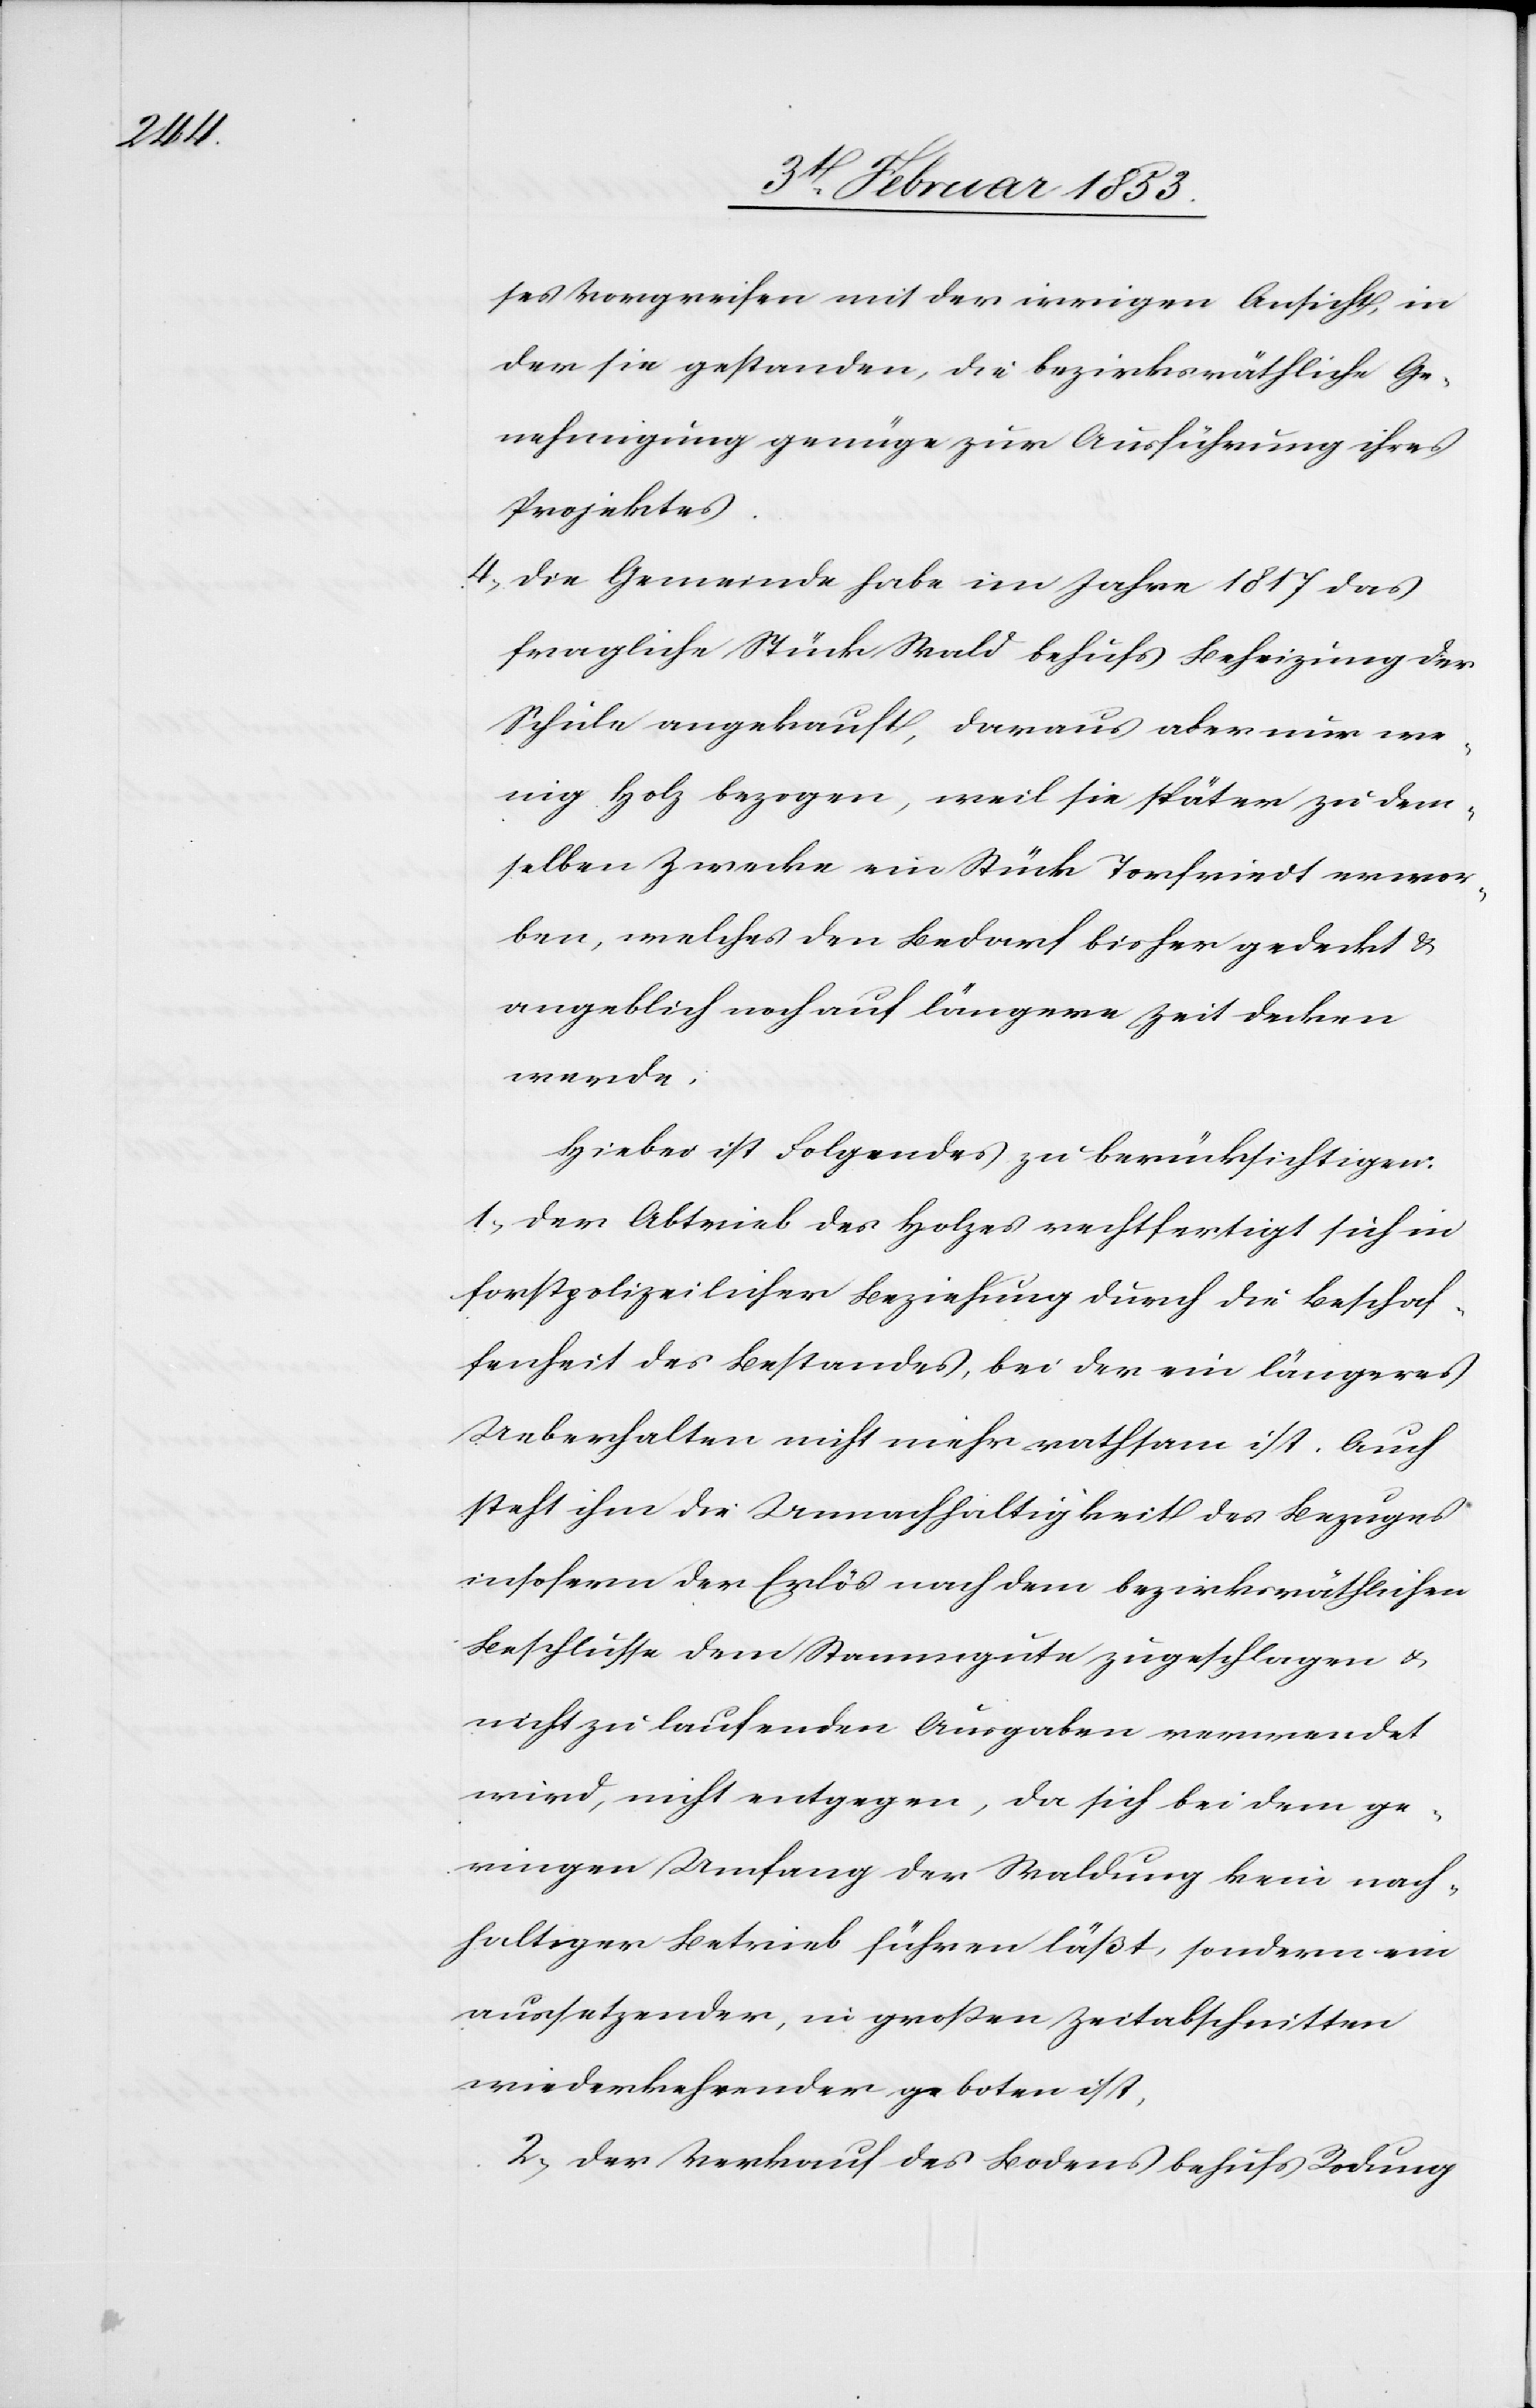
ses Vorgreifen mit der irrigen Ansicht, in
der sie gestanden, die bezirksräthliche Ge¬
nehmigung genüge zur Ausführung ihres
Projektes.
4, Die Gemeinde habe im Jahre 1817 das
fragliche Stück Wald behufs Beheizung der
Schule angekauft, daraus aber nur we¬
nig Holz bezogen, weil sie später zu dem¬
selben Zwecke ein Stück Torfriedt erwor¬
ben, welches den Bedarf bisher gedeckt u.
angeblich noch auf längere Zeit decken
werde.
Hiebei ist Folgendes zu berücksichtigen:
1, Der Abtrieb des Holzes rechtfertigt sich in
forstpolizeilicher Beziehung durch die Beschaf¬
fenheit des Bestandes, bei der ein längeres
Ueberhalten nicht mehr rathsam ist. Auch
steht ihm die Unnachhaltigkeit des Bezuges
insofern der Erlös nach dem bezirksräthlichen
Beschlusse dem Stammgute zugeschlagen u.
nicht zu laufenden Ausgaben verwendet
wird, nicht entgegen, da sich bei dem ge¬
ringen Umfange der Waldung kein nach¬
haltiger Betrieb führen läßt, sondern ein
aussetzender, in großen Zeitabschnitten
wiederkehrender geboten ist,
2, Der Verkauf des Bodens behufs Rodung